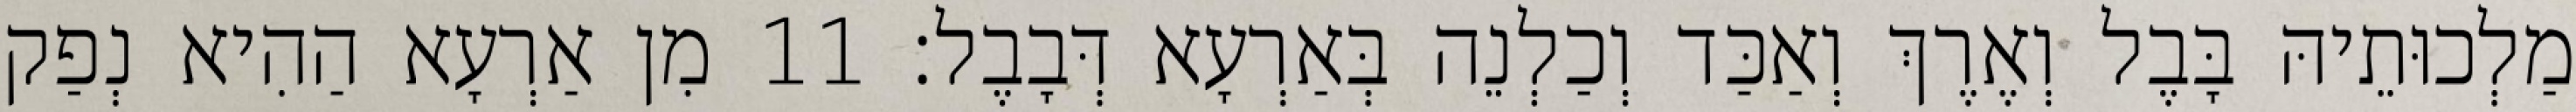
מַלְכוּתֵיהּ בָּבֶל וְאֶרֶךְ וְאַכַּד וְכַלְנֵה בְּאַרְעָא דְּבָבֶל׃ 11 מִן אַרְעָא הַהִיא נְפַק